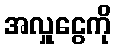
အလှူငွေကို